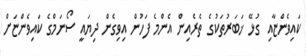
ކައިވެންޏާއި ގުޅޭ ޚަބަރުތަކުގެ ތެރެއިން އެންމެ ފަހުން އިވިގެން ދިޔައީ ސޯނަމްގެ ކައިވެންޏަށް